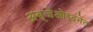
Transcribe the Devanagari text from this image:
अब्जेओर्दनेत